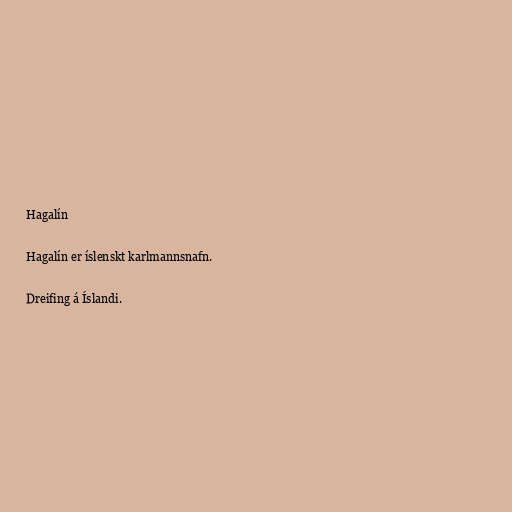
Hagalín

Hagalín er íslenskt karlmannsnafn.

Dreifing á Íslandi.